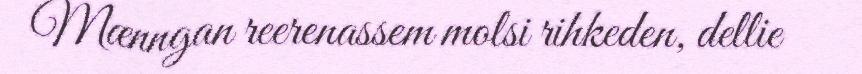
Mænngan reerenassem molsi rihkeden, dellie